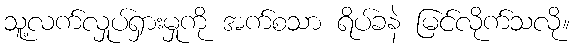
သူ့လက်လှုပ်ရှားမှုကို အက်စသာ ရိပ်ခနဲ မြင်လိုက်သလို။